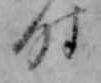
時